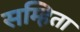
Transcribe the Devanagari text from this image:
सम्हिता